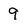
Character: 9